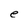
Character: e